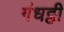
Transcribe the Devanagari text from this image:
गंधट्ठी